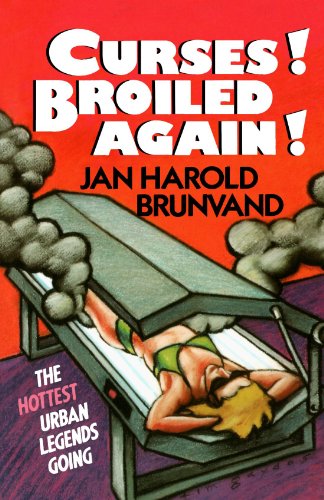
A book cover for Curses! Broiled Again!; Jan Harold Brunvand; Humor & Entertainment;